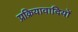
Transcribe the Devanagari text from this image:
प्रक्रियावादियों